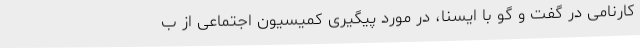
کارنامی در گفت و گو با ایسنا، در مورد پیگیری کمیسیون اجتماعی از ب